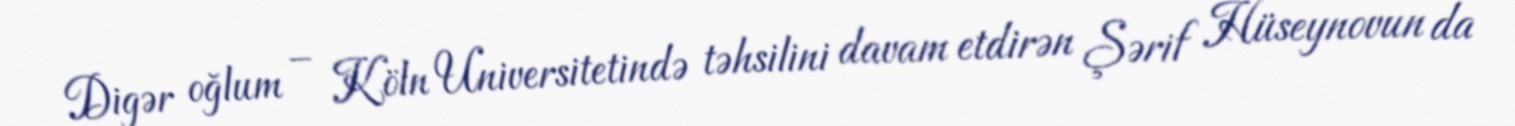
Digər oğlum – Köln Universitetində təhsilini davam etdirən Şərif Hüseynovun da